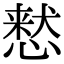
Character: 慭